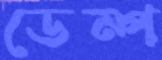
ডেম্প